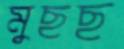
মুছছ